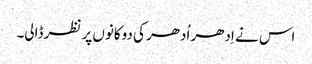
اس نے اِدھر اُدھر کی دوکانوں پر نظر ڈالی۔